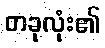
တခုလုံး၏